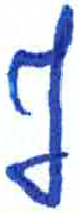
אות: ף